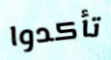
تأكدوا